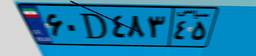
۳۸D۴۶۴۵۱